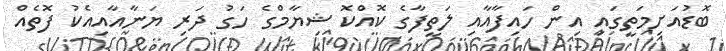
ބޮޑުއަށިމަތީގައި އިން ހައިފާއާއި ލަތީފާގެ ކޮއްކޮ ޝިޔާމްގެ ހަގު ދަރި ޔަނާއާއިއެކު ފޮތެއް